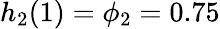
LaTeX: h_{2}(1)=\phi_{2}=0.75